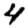
Digit: 4